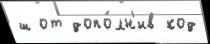
ш от допо́лн'ив код